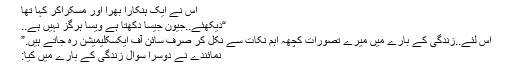
”
اس نے ایک ہنکارا بهرا اور مسکراکر کہا تها
“دیکهئے..جیون جیسا دکهتا ہے ویسا ہرگز نہیں ہے..
اس لئے..زندگی کے بارے میں میرے تصورات کچهہ اہم نکات سے نکل کر صرف سائن آف ایکسکلیمیشن رہ جاتے ہیں.”
نمائندے نے دوسرا سوال زندگی کے بارے میں کیا:
“خودکشی کے بڑهتے رجحانات کے بارے میں کیا سوچتے ہیں؟